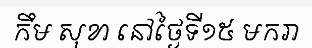
កឹម សុខា នៅថ្ងៃទី១៥ មករា